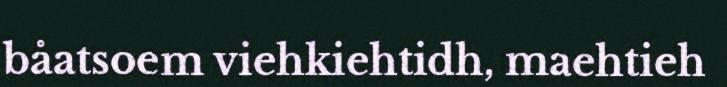
båatsoem viehkiehtidh, maehtieh